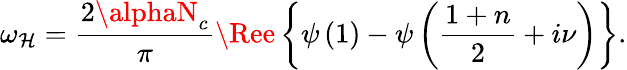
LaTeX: \omega_{\mathcal{H}}=\frac{{2\alphaN_{c}}}{{\pi}}\Ree\left\{ \psi\left(1\right)-\psi\left(\frac{{1+n}}{2}+i\nu\right)\right\} .